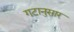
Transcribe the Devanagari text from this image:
गटानुसार